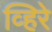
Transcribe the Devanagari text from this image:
व्हिरे